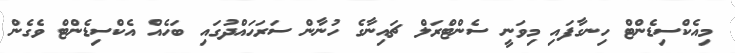
މިއެކްސިޑެންޓް ހިނގާފައި މިވަނީ ސެންޓްރަލް ޗައިނާގެ ހުނާން ސަރަޙައްދުގައި ބަހެއް އެކްސިޑެންޓް ވެގެން